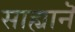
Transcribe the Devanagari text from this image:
साह्यानॆ